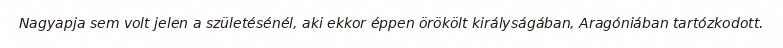
Nagyapja sem volt jelen a születésénél, aki ekkor éppen örökölt királyságában, Aragóniában tartózkodott.